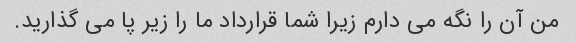
من آن را نگه می دارم زیرا شما قرارداد ما را زیر پا می گذارید.